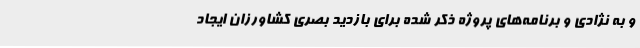
و به نژادی و برنامه‌های پروژه ذکر شده برای بازدید بصری کشاورزان ایجاد